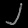
Digit: ၂